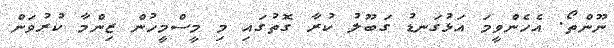
ނޫންތޯ. އެހެންވީމަ އަޅުގަނޑު ގަބޫލު ކުރާ ގޮތުގައި މި މީސްމީހުން ޒިންމާ ކުރުވަން